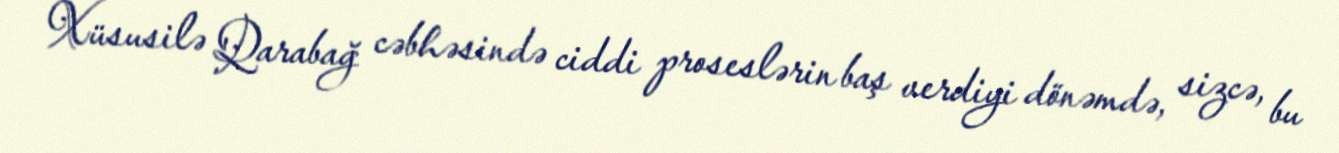
Xüsusilə Qarabağ cəbhəsində ciddi proseslərin baş verdiyi dönəmdə, sizcə, bu